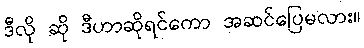
ဒီလို ဆို ဒီဟာဆိုရင်ကော အဆင်ပြေမလား။